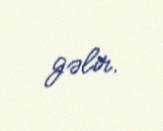
gəlir.